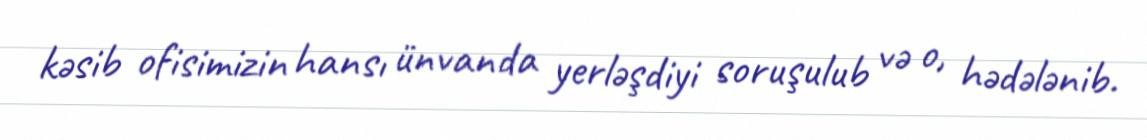
kəsib ofisimizin hansı ünvanda yerləşdiyi soruşulub və o, hədələnib.